Mental hospitals Bombay report 1929-33 - 1929-1933
Year: 1929
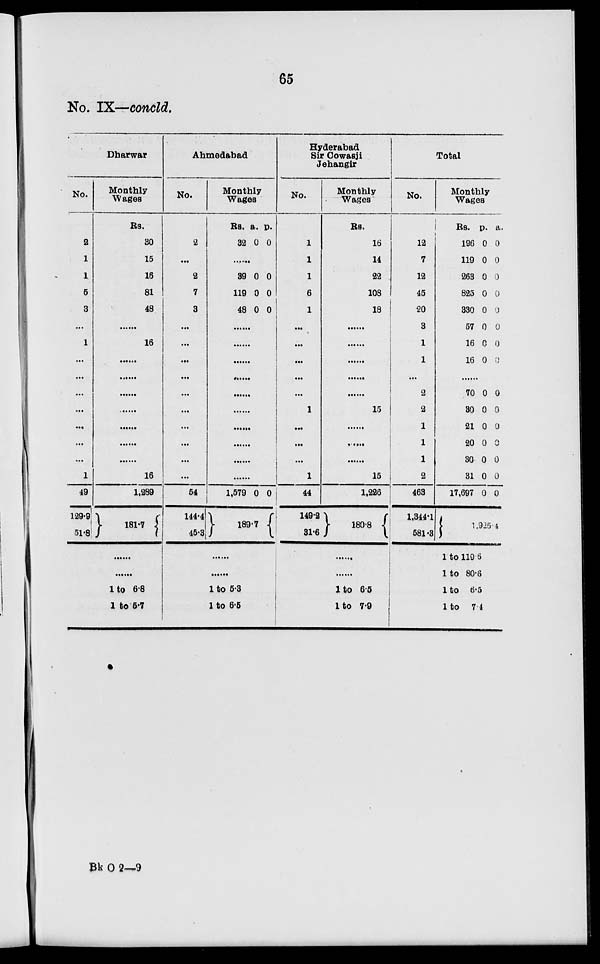
65
No. IX—concld.
Dharwar
No.
2
1
1
5
3
...
1
...
...
...
...
...
...
...
1
49
129.9
51.8
Monthly
Wages
Rs.
30
15
16
81
48
......
16
......
......
......
......
......
......
......
16
1,289
181.7
......
......
1 to 6.8
1 to 5.7
Ahmedabad
No.
2
...
2
7
3
...
...
...
...
...
...
...
...
...
...
54
144.4
45.3
Monthly
Wages
Rs.
32
a.
0
p.
0
......
39
119
48
0
0
0
0
0
0
......
......
......
......
......
......
......
......
......
......
1,579 0 0
189.7
......
......
1 to 5.3
1 to 6.5
Hyderabad
Sir Cowasji
Jehangir
No.
1
1
1
6
1
...
...
...
...
...
1
...
...
...
1
44
149.2
31.6
Monthly
Wages
Rs.
16
14
22
108
18
......
......
......
......
......
15
......
......
......
15
1,226
180.8
......
......
1 to 6.5
1 to 7.9
Total
No.
12
7
12
45
20
3
1
1
...
2
2
1
1
1
2
463
1,344.1
581.3
Monthly
Wages
Rs.
196
119
263
825
330
57
16
16
p.
0
0
0
0
0
0
0
0
a.
0
0
0
0
0
0
0
0
......
70
30
21
20
30
31
17,697
0
0
0
0
0
0
0
0
0
0
0
0
0
0
1,925.4
1 to 119.6
1 to 80.6
1 to 6.5
1 to 7.4
Bk O 2—9